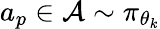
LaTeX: a_{p}\in\mathcal{A}\sim\pi_{\theta_{k}}